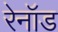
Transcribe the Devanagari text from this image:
रेनॉड